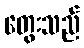
တွေးသည်